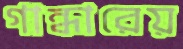
গান্ধারেয়